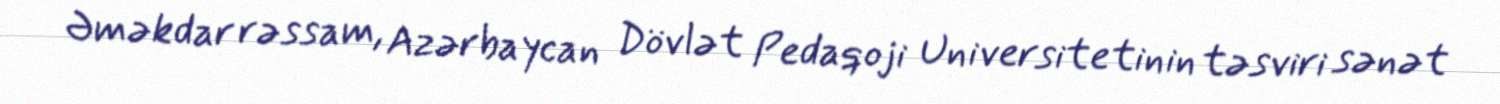
Əməkdar rəssam, Azərbaycan Dövlət Pedaqoji Universitetinin təsviri sənət